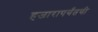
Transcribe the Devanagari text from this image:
हजारापर्यंतची